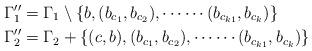
LaTeX: \begin{align*} \Gamma_1''& = \Gamma_1\setminus \{b,(b_{c_1},b_{c_2}),\cdots \cdots (b_{c_{k 1}},b_{c_k})\}\\ \Gamma_2''& = \Gamma_2+\{(c,b),(b_{c_1},b_{c_2}),\cdots \cdots (b_{c_{k 1}},b_{c_k})\}\end{align*}